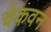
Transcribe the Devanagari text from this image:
चेकवन